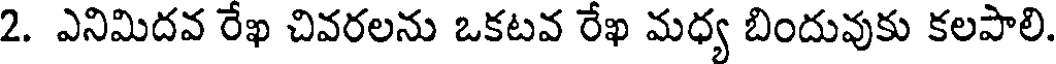
2. ఎనిమిదవ రేఖ చివరలను ఒకటవ రేఖ మధ్య బిందువుకు కలపాలి.